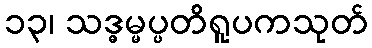
၁၃၊ သဒ္ဓမ္မပ္ပတိရူပကသုတ်